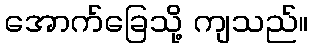
အောက်ခြေသို့ ကျသည်။